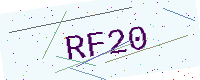
Text: RF20